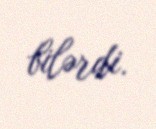
bilərdi.